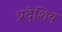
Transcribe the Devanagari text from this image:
प्रदेशिय